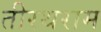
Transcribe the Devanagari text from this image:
तीरथराम